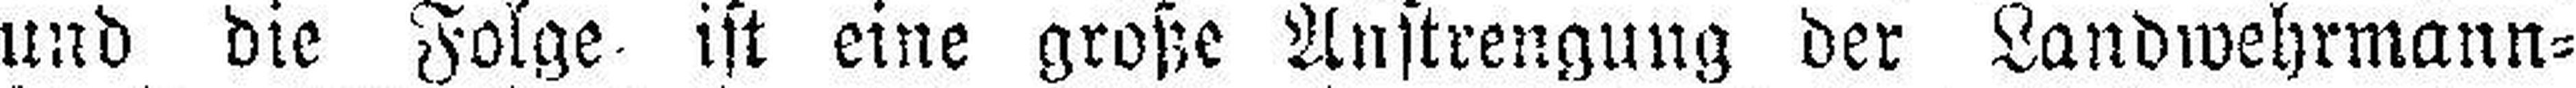
und die Folge ist eine große Anstrengung der Landwehrmann¬